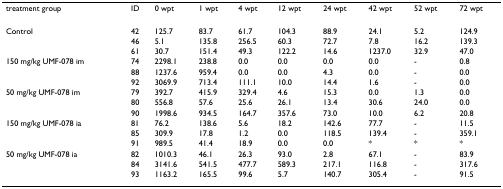
<table><thead><tr><td><b>treatment group</b></td><td><b>ID</b></td><td><b>0 wpt</b></td><td><b>1 wpt</b></td><td><b>4 wpt</b></td><td><b>12 wpt</b></td><td><b>24 wpt</b></td><td><b>42 wpt</b></td><td><b>52 wpt</b></td><td><b>72 wpt</b></td></tr></thead><tbody><tr><td>Control</td><td>42</td><td>125.7</td><td>83.7</td><td>61.7</td><td>104.3</td><td>88.9</td><td>24.1</td><td>5.2</td><td>124.9</td></tr><tr><td></td><td>46</td><td>5.1</td><td>135.8</td><td>256.5</td><td>60.3</td><td>72.7</td><td>7.8</td><td>16.2</td><td>139.3</td></tr><tr><td></td><td>61</td><td>30.7</td><td>151.4</td><td>49.3</td><td>122.2</td><td>14.6</td><td>1237.0</td><td>32.9</td><td>47.0</td></tr><tr><td>150 mg/kg UMF-078 im</td><td>74</td><td>2298.1</td><td>238.8</td><td>0.0</td><td>0.0</td><td>0.0</td><td>0.0</td><td>-</td><td>0.8</td></tr><tr><td></td><td>88</td><td>1237.6</td><td>959.4</td><td>0.0</td><td>0.0</td><td>4.3</td><td>0.0</td><td>-</td><td>0.0</td></tr><tr><td></td><td>92</td><td>3069.9</td><td>713.4</td><td>111.1</td><td>10.0</td><td>14.4</td><td>1.6</td><td>-</td><td>0.0</td></tr><tr><td>50 mg/kg UMF-078 im</td><td>79</td><td>392.7</td><td>415.9</td><td>329.4</td><td>4.6</td><td>15.3</td><td>0.0</td><td>1.3</td><td>0.0</td></tr><tr><td></td><td>80</td><td>556.8</td><td>57.6</td><td>25.6</td><td>26.1</td><td>13.4</td><td>30.6</td><td>24.0</td><td>0.0</td></tr><tr><td></td><td>90</td><td>1998.6</td><td>934.5</td><td>164.7</td><td>357.6</td><td>73.0</td><td>10.0</td><td>6.2</td><td>20.8</td></tr><tr><td>150 mg/kg UMF-078 ia</td><td>81</td><td>76.2</td><td>138.6</td><td>5.6</td><td>18.2</td><td>142.6</td><td>77.7</td><td>-</td><td>11.5</td></tr><tr><td></td><td>85</td><td>309.9</td><td>17.8</td><td>1.2</td><td>0.0</td><td>118.5</td><td>139.4</td><td>-</td><td>359.1</td></tr><tr><td></td><td>91</td><td>989.5</td><td>41.4</td><td>18.9</td><td>0.0</td><td>0.0</td><td>*</td><td>*</td><td>*</td></tr><tr><td>50 mg/kg UMF-078 ia</td><td>82</td><td>1010.3</td><td>46.1</td><td>26.3</td><td>93.0</td><td>2.8</td><td>67.1</td><td>-</td><td>83.9</td></tr><tr><td></td><td>84</td><td>3141.6</td><td>541.5</td><td>477.7</td><td>589.3</td><td>217.1</td><td>116.8</td><td>-</td><td>317.6</td></tr><tr><td></td><td>93</td><td>1163.2</td><td>165.5</td><td>99.6</td><td>5.7</td><td>140.7</td><td>305.4</td><td>-</td><td>91.5</td></tr></tbody></table>